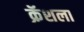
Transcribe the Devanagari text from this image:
क्रॅशला